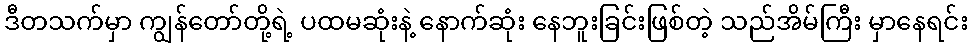
ဒီတသက်မှာ ကျွန်တော်တို့ရဲ့ ပထမဆုံးနဲ့ နောက်ဆုံး နေဘူးခြင်းဖြစ်တဲ့ သည်အိမ်ကြီး မှာနေရင်း